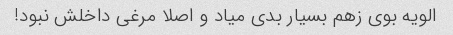
الویه بوی زهم بسیار بدی میاد و اصلا مرغی داخلش نبود!